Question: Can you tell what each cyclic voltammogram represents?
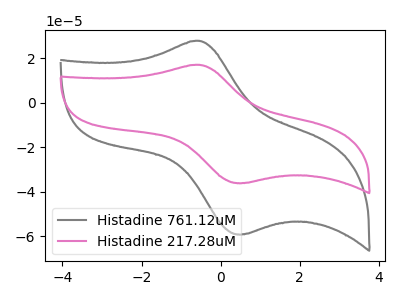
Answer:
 <answer>The gray curve is labeled "Histadine 761.12uM". The pink curve is labeled "Histadine 217.28uM".</answer>
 <eval></eval>